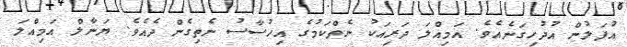
އުފަލުން އުދުހިގަނެއެވެ. އަމިއްލަ ދަރިއަކު ނެތްކަމުގެ އިހުސާސު ނެތިގެން ދެއެވެ. ޔަނާލް އަމިއްލަ